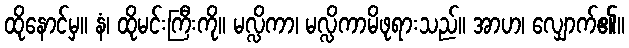
ထိုနောင်မှ။ နံ၊ ထိုမင်းကြီးကို။ မလ္လိကာ၊ မလ္လိကာမိဖုရားသည်။ အာဟ၊ လျှောက်၏။